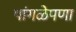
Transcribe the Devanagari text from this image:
पांगळेपणा